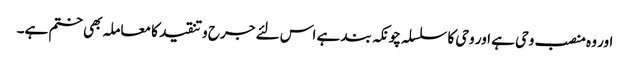
اور وہ منصب وحی ہے اور وحی کا سلسلہ چونکہ بند ہے اس لئے جرح وتنقید کا معاملہ بھی ختم ہے۔